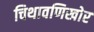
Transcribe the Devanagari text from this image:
चिथावणिखोर